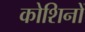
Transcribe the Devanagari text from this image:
कोशिनों